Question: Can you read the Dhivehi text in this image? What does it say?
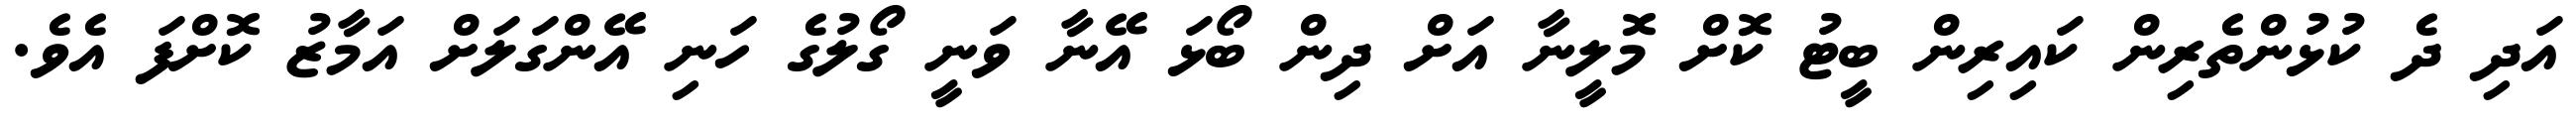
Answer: އަދި ދެ ކުޅުންތެރިން ކައިރިން ބީޓު ކޮށް މޮލީނާ އަށް ދިން ބޯޅަ އޭނާ ވަނީ ގޯލުގެ ހަނި އޭންގަލަށް އަމާޒު ކޮށްފަ އެވެ.